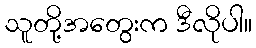
သူတို့အတွေးက ဒီလိုပါ။